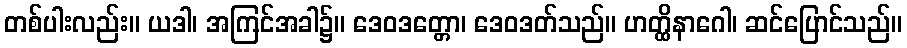
တစ်ပါးလည်း။ ယဒါ၊ အကြင်အခါ၌။ ဒေဝဒတ္တော၊ ဒေဝဒတ်သည်။ ဟတ္ထိနာဂေါ၊ ဆင်ပြောင်သည်။